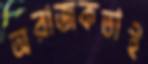
অরাজকতাই